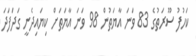
ކަހުފު ސޫރަތުގެ 83 ވަނަ އާޔަތުން 98 ވަނަ އާޔަތަށް ކިޔައިދެނީ ގަދަފަދަ